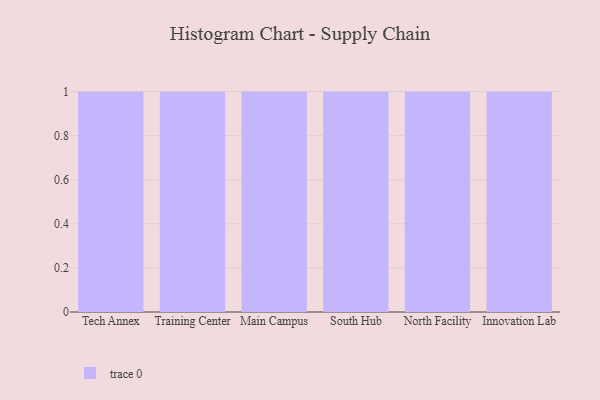
{"axis": {"x": "Campus", "y": "Shipments"}, "legend": [""], "data": [{"x": "Tech Annex", "y": 11, "type": ""}, {"x": "Training Center", "y": 23, "type": ""}, {"x": "Main Campus", "y": 43, "type": ""}, {"x": "South Hub", "y": 37, "type": ""}, {"x": "North Facility", "y": 49, "type": ""}, {"x": "Innovation Lab", "y": 52, "type": ""}]}